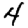
Digit: 4